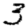
Digit: 3